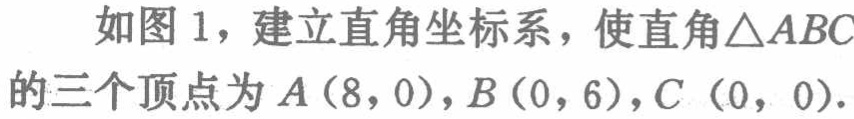
如图1，建立直角坐标系，使直角$\triangle ABC$的三个顶点为$A(8,0)$，$B(0,6)$，$C(0,0)$.